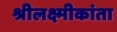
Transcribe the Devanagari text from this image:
श्रीलक्ष्मीकांता